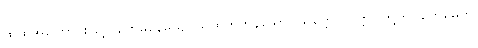
ထိုထိုအကြောင်းဖြင့်။ ဗောဓနေယျေ၊ သိထိုက်ကုန်သော။ သတ္တေ၊ သတ္တဝါတို့ကို။ ဗောဓေတိ၊